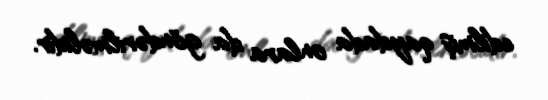
edilmiş qaydada onlara da göndərilməlidir.